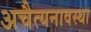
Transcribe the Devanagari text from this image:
अचैत्यनावस्था